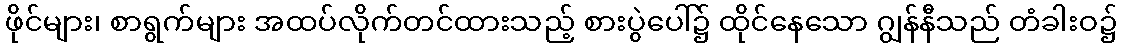
ဖိုင်များ၊ စာရွက်များ အထပ်လိုက်တင်ထားသည့် စားပွဲပေါ်၌ ထိုင်နေသော ဂျွန်နီသည် တံခါးဝ၌